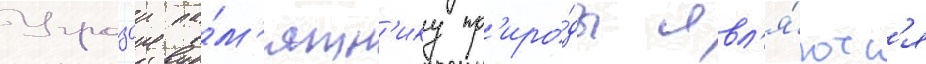
Угрозои па́м'ятн'ику пр'иро́ды явл'я́ютс'я